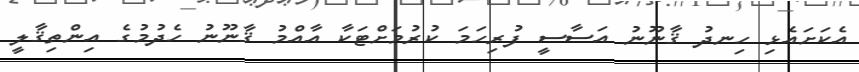
އެކަށައެޅި ހިނދު ޤާނޫނު އަސާސީ ފުރިހަމަ ކުރުމަށްޓަކާ އާއްމު ޤާނޫނު ހެދުމުގެ އިންތިޤާލީ